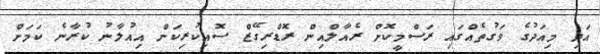
އަދި މިއަދުގެ ވަގުތެއްގައި ރަސްމީކޮށް ރެއާލްއިން ރޮޑްރިގޭޒް ސޮއިކުރިކަން އިއުލާނު ކުރާނެ ކަމަށް